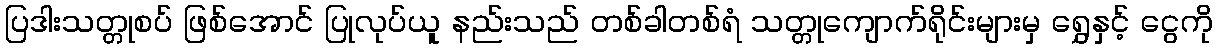
ပြဒါးသတ္တုစပ် ဖြစ်အောင် ပြုလုပ်ယူ နည်းသည် တစ်ခါတစ်ရံ သတ္တုကျောက်ရိုင်းများမှ ရွှေနှင့် ငွေကို